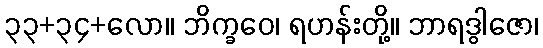
၃၃+၃၄+လော။ ဘိက္ခဝေ၊ ရဟန်းတို့။ ဘာရဒွါဇော၊